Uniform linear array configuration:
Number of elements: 64
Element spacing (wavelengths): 1
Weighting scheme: blackman
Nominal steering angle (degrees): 60
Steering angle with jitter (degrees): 59.604
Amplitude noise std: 0.05
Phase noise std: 0.05

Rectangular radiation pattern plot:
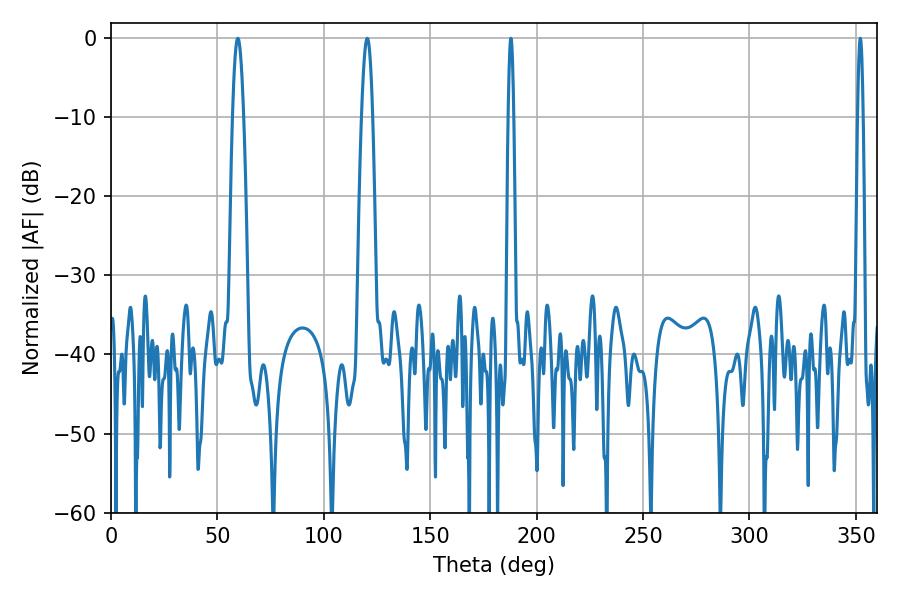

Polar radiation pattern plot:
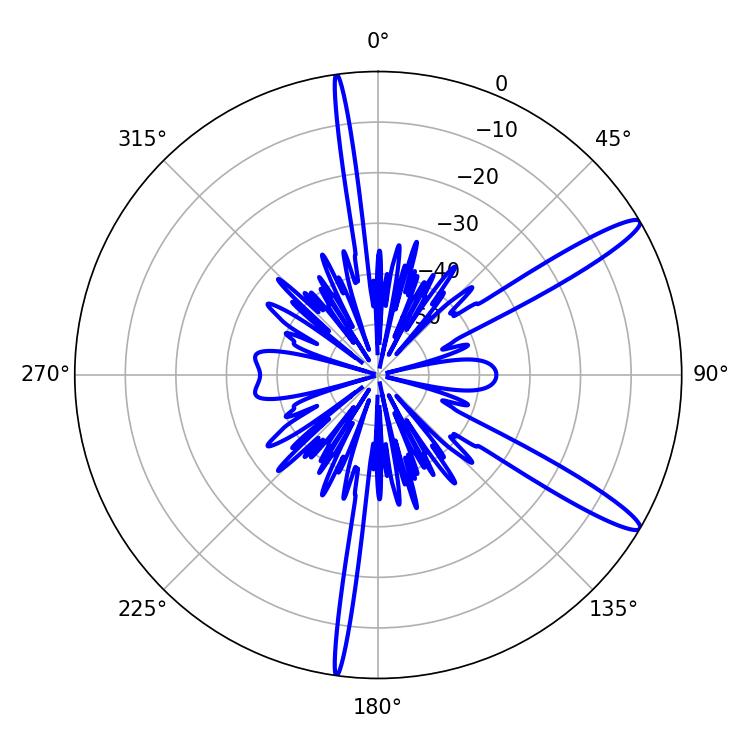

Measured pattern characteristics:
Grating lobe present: TRUE
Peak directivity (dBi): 13.632
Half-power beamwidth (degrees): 2.88
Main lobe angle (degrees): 59.58